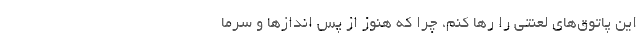
این پاتوق‌های لعنتی را رها کنم، چرا که هنوز از پس انداز‌ها و سرما